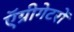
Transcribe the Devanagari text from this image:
ऍग्रीगेटरों